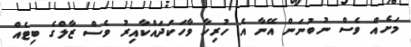
މަށެއް ވެސް ނުބުނަން އޭނާ އެ ހުރިހާ ވާހަކަދައްކާއިރު ވެސް ޒާލްގެ ބިޓެއް